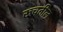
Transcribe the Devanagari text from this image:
रुचतील